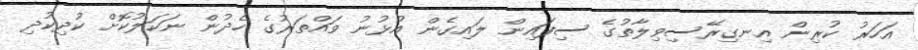
އަހަރު ކުރިން އިނގިރޭސިވިލާތުގެ ސިފައިން ލައިގެން އުޅުނު ވައްތަރުގެ ހެދުން ނަކަލުކޮށް ކުދިކުދި